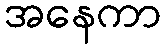
အနေကာ